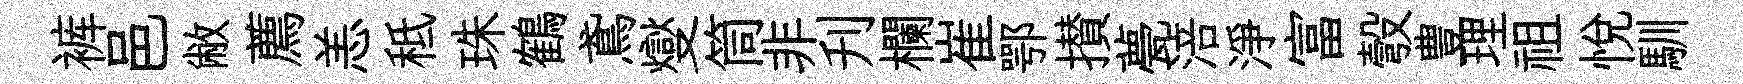
裤邑敝薦恙秪珠鶴鳶燮筒非刋欄崔鄂攅甍涪淨富彀豊理祖悅馴